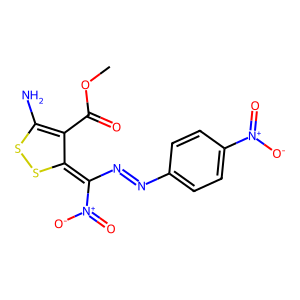
SMILES: COC(=O)C1=C(N)SSC1=C(N=Nc1ccc([N+](=O)[O-])cc1)[N+](=O)[O-]
Inhibits HIV replication: No